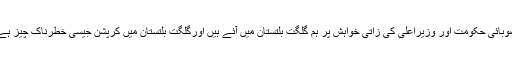
اس موقع پر نیب کے ڈائریکٹر جنرل نیب راولپنڈی ظاہر شاہ نے خطاب کرتے ہوئے کہا کہ صوبائی حکومت اور وزیراعلیٰ کی زاتی خواہش پر ہم گلگت بلتستان میں آئے ہیں اورگلگت بلتستان میں کرپشن جیسی خطرناک چیز ہے نہ میں نے دیکھی ہے صرف چھوٹی چھوٹی برئیاں ہے جن کو ختم کرنے کی ضرورت ہے ۔